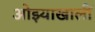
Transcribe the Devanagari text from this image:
ओझ्याखालीं